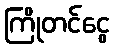
ကြိုတင်ငွေ